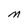
Character: M